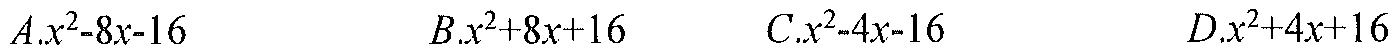
$A.x^{2}-8x - 16\quad B.x^{2}+8x + 16\quad C.x^{2}-4x - 16\quad D.x^{2}+4x + 16$